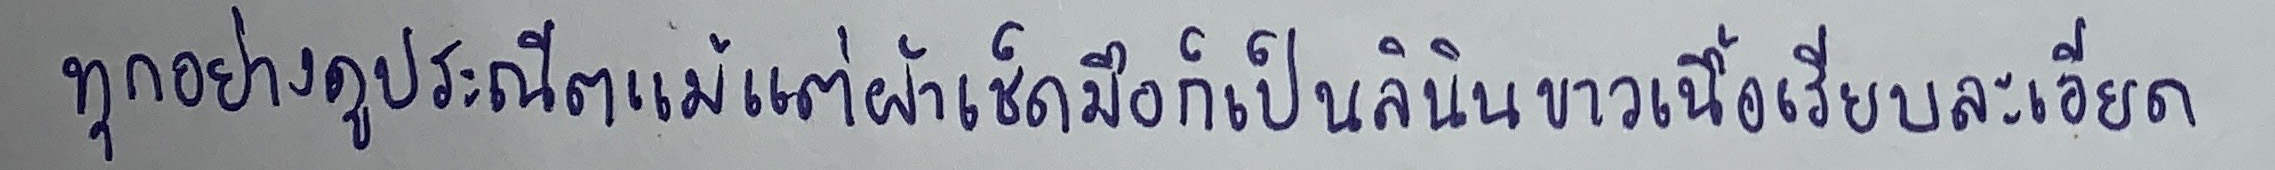
ทุกอย่างดูประณีตแม้แต่ผ้าเช็ดมือก็เป็นลินินขาวเนื้อเรียบละเอียด